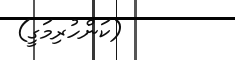
(ކަންހުރިމަގީ)